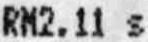
RM2.11 S